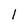
Character: l